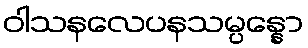
ဝါသနလေပနသမ္ပန္နော